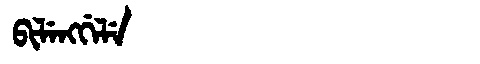
Manchu: ᠪᡳᠯᡝᠩᡤᡝᠯᡝ
Romanization: BILENGGELE